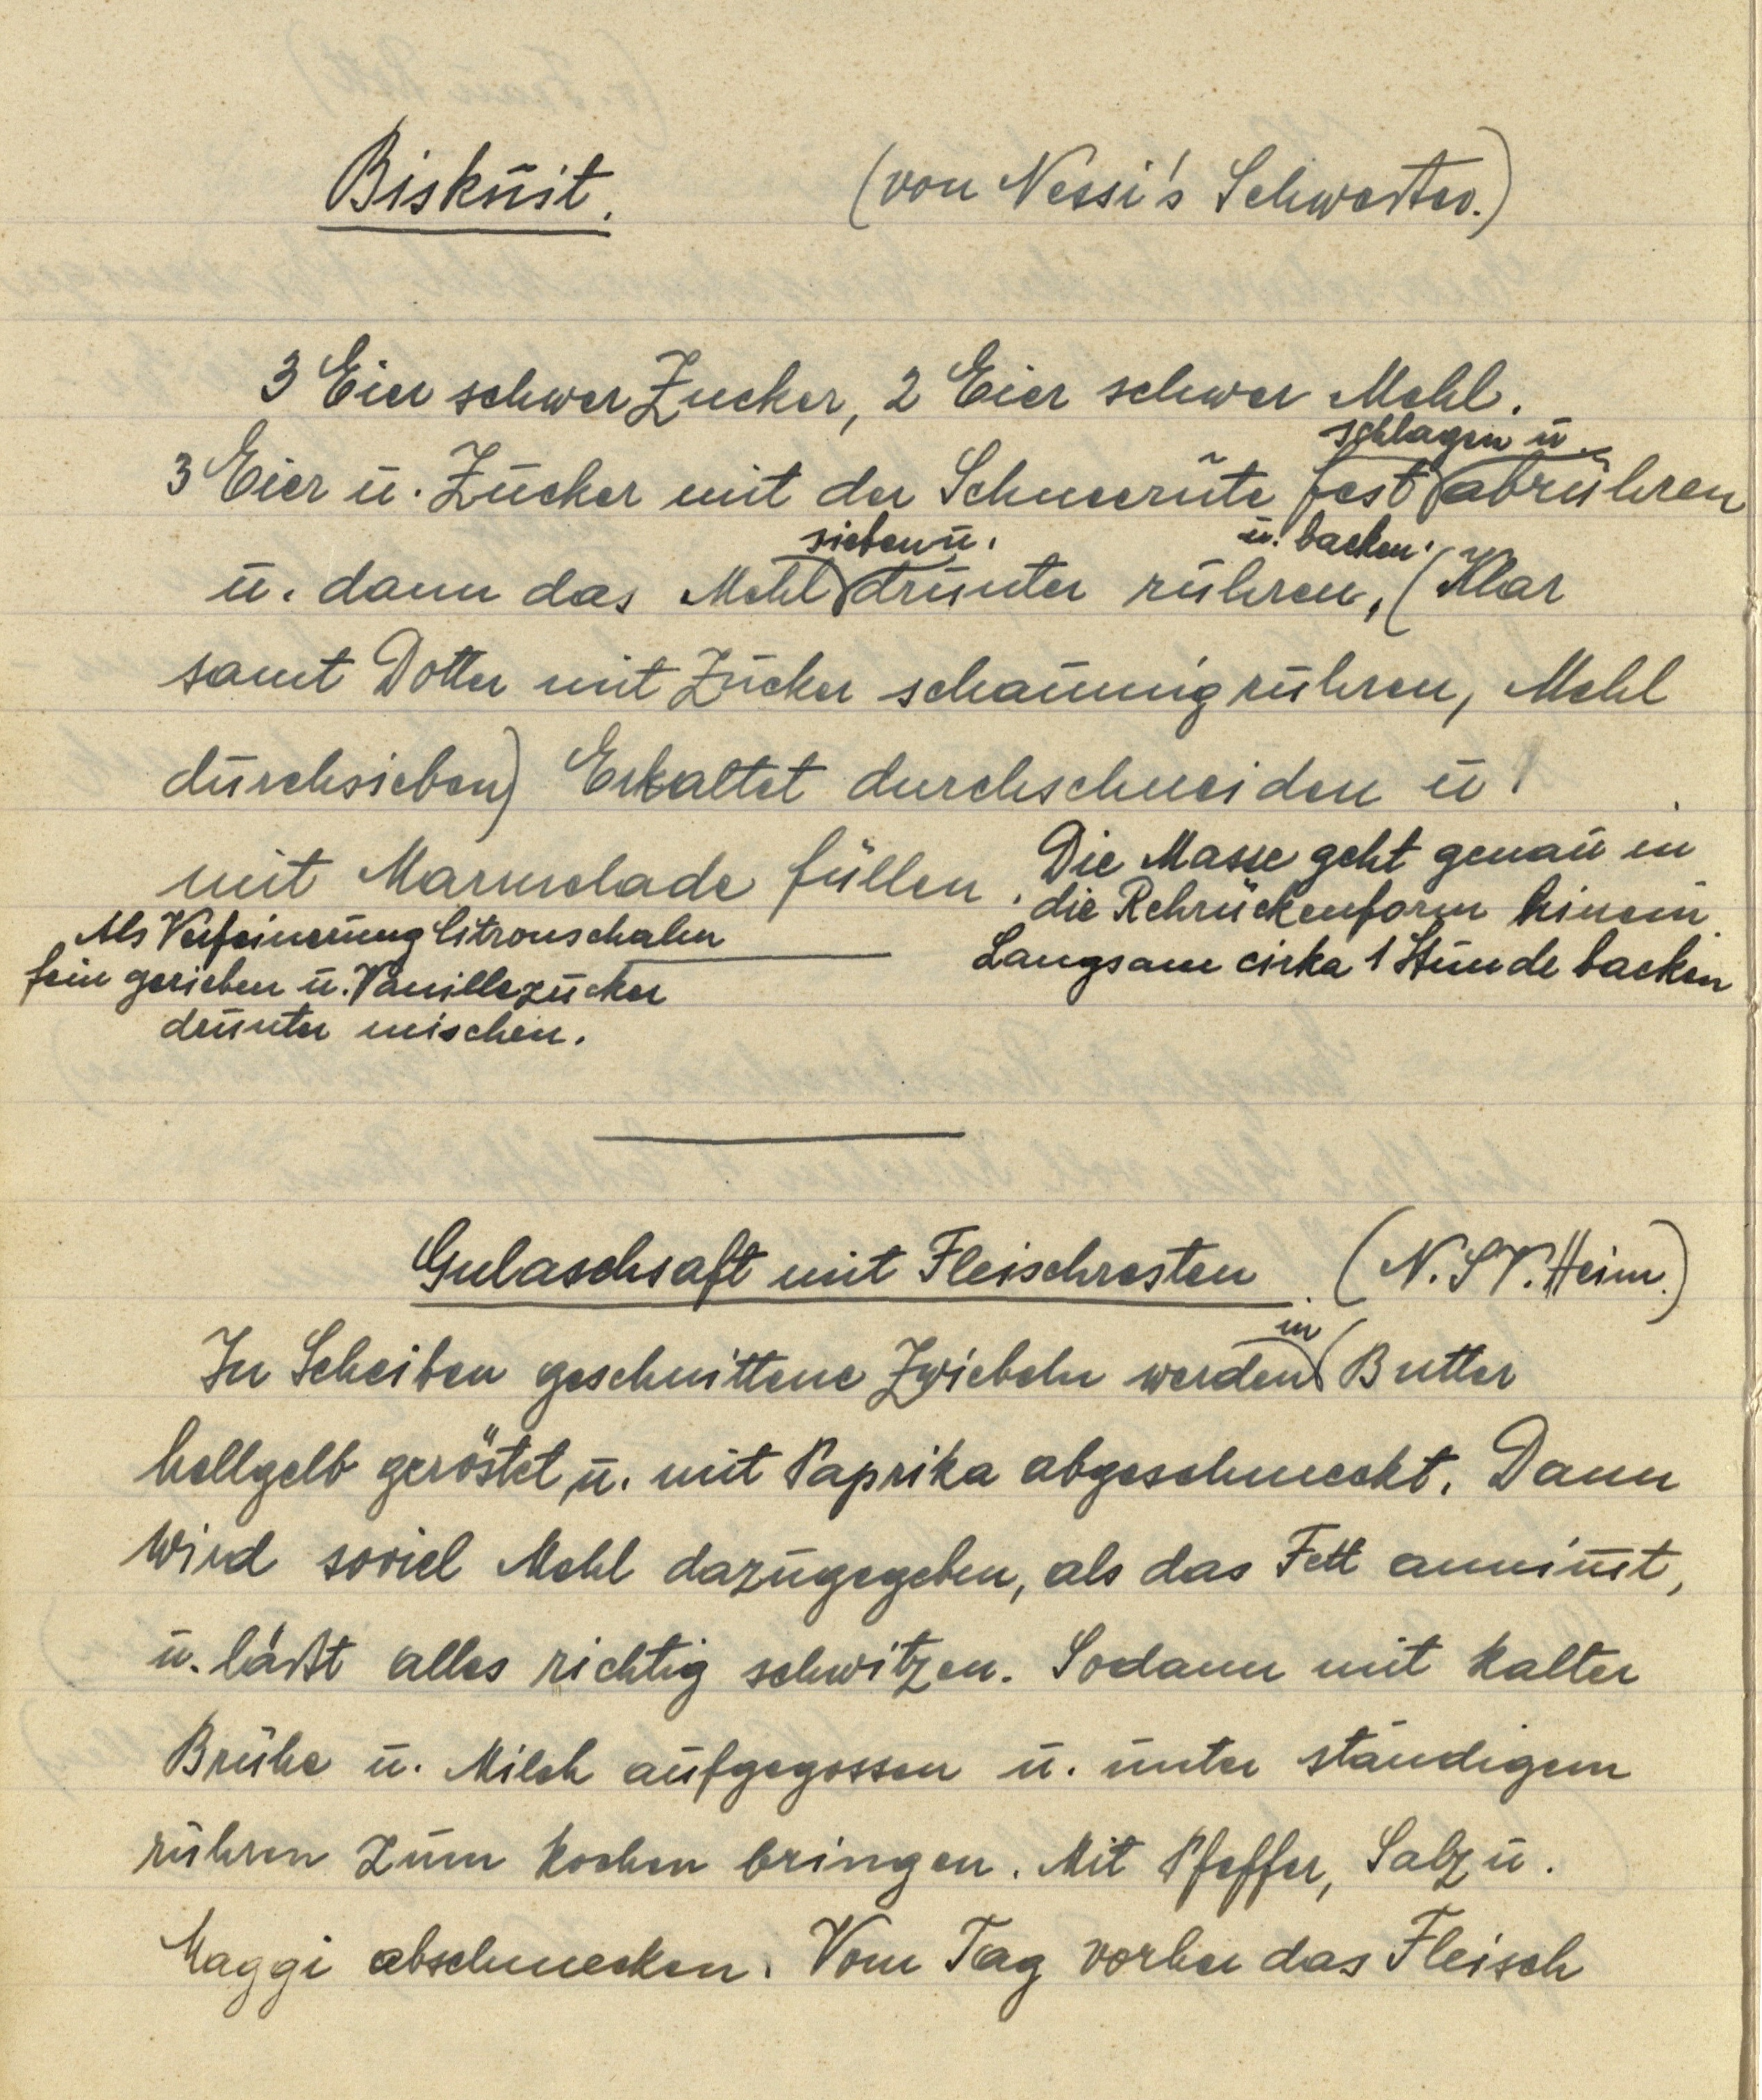
Biskuit. (von Nessi's Schwester.)

3 Eier schwer Zucker, 2 Eier schwer Mehl.
3 Eier u. Zucker mit der Schneerute fest schlagen u. abrühren
u. dann das Mehl sieben u. drunter rühren u. backen, (Klar
samt Dotter mit Zucker schaumig rühren, Mehl
durchsieben) Erkaltet durchschneiden u.
mit Marmelade füllen.
Als Verfeinerung Citronenschalen
fein gerieben u. Vanillezucker
drunter mischen.
Die Masse geht genau in
die Rehrückenform hinein.
Langsam cirka 1 Stunde backen.

Gulaschsaft mit Fleischresten. (N.ST.Heim.)
In Scheiben geschnittene Zwiebeln werden in Butter
hellgelb geröstet u. mit Paprika abgeschmeckt. Dann
wird soviel Mehl dazugegeben, als das Fett annimmt,
u. läßt alles richtig schwitzen. Sodann mit kalter
Brühe u. Milch aufgegossen u. unter ständigem
rühren zum kochen bringen. Mit Pfeffer, Salz u.
Maggi abschmecken. Vom Tag vorher das Fleisch